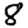
Digit: 8